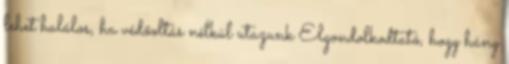
lehet halálos, ha védőoltás nélkül utazunk Elgondolkodtató, hogy hány